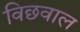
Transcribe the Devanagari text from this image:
विछवाल